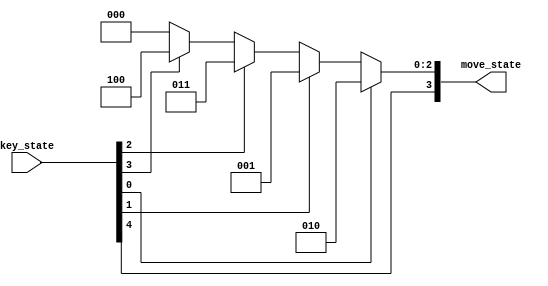
module key_proccessor(
    input wire[4:0] key_state,
    output wire[3:0] move_state
);

localparam[3:0] up =4'b0001, left = 4'b0010, right = 4'b0011, down = 4'b0100, jump = 4'b1000, stop = 4'b0000;
//reg[3:0] move_state_next;
assign move_state = key_state[0] ? {key_state[4], left[2:0]} :
   (key_state[1] ? {key_state[4], up[2:0]} :
   (key_state[2] ? {key_state[4], right[2:0]} : 
   (key_state[3] ? {key_state[4], down[2:0]} : {key_state[4], stop[2:0]})));
endmodule